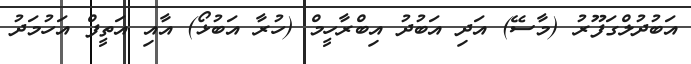
އަބުދުލްގަފޫރު (މާސޭ) އަދި އަބުދު އިބްރާހީމް (ހުރާ އަބުޅޯ) އާއި އަތީފް އަހުމަދު